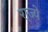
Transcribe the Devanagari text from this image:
रा़ज्ये